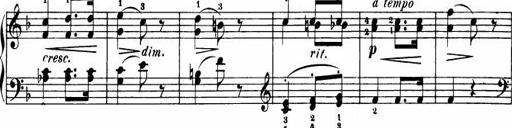
Title: Le bouquetier
Composer: Anton Diabelli
Key: G major
 C major
 F major
 C major